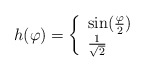
\begin{align*}h(\varphi) = \left\{\begin{array}{ll}\sin(\frac{\varphi}{2}) & \\\frac{1}{\sqrt{2}} & \end{array}\right.\end{align*}